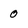
Character: 0